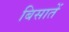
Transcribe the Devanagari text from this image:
बिसातें